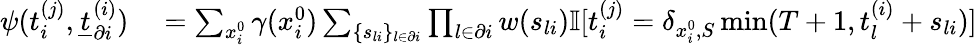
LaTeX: \begin{array}{r}{\begin{array}{rl}{\psi(t_{i}^{(j)},\underline{{t}}_{\partial i}^{(i)})}&{{}=\sum_{x_{i}^{0}}\gamma(x_{i}^{0})\sum_{\{ s_{li}\} _{l\in\partial i}}\prod_{l\in\partial i}w(s_{li})\mathbb{I}[t_{i}^{(j)}=\delta_{x_{i}^{0},S}\operatorname*{min}(T+1,t_{l}^{(i)}+s_{li})]}\end{array}}\end{array}